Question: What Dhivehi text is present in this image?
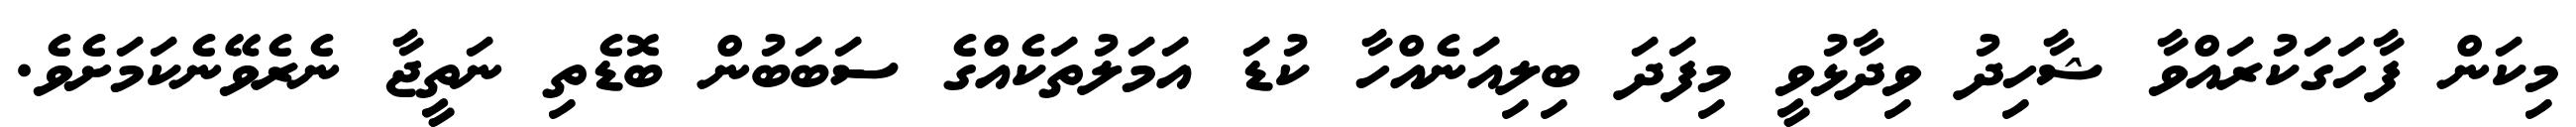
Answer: މިކަން ފާހަގަކުރައްވާ ޝާހިދު ވިދާޅުވީ މިފަދަ ބިލިއަނެއްހާ ކުޑަ އަމަލުތަކެއްގެ ސަބަބުން ބޮޑެތި ނަތީޖާ ނެރެވޭނެކަމަށެވެ.